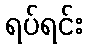
ရပ်ရင်း